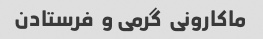
ماکارونی  گرمی و  فرستادن